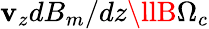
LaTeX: \mathbf{v}_{z}dB_{m}/dz\llB\Omega_{c}